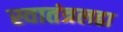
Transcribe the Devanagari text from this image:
स्वातंत्रलढा